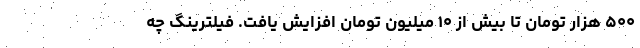
۵۰۰ هزار تومان تا بیش از ۱۰ میلیون تومان افزایش یافت. فیلترینگ چه